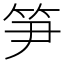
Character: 笋